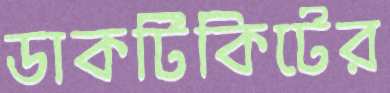
ডাকটিকিটের